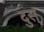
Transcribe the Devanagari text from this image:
दुस्‌